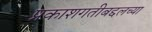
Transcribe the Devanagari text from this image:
प्रकाशगतीबद्दलच्या